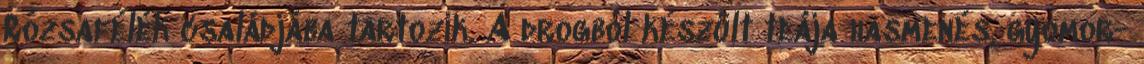
Rózsafélék családjába tartozik. A drogból készült teája hasmenés, gyomor-